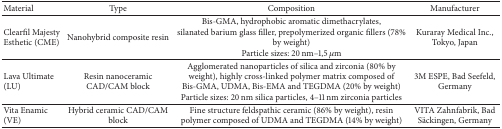
| Material | Type | Composition | Manufacturer |
 | --- | --- | --- | --- |
 | Clearfil Majesty Esthetic (CME) | Nanohybrid composite resin | Bis-GMA, hydrophobic aromatic dimethacrylates, silanated barium glass filler, prepolymerized organic fillers (78% by weight)Particle sizes: 20 nm–1,5 μm | Kuraray Medical Inc., Tokyo, Japan |
 | Lava Ultimate (LU) | Resin nanoceramic CAD/CAM block | Agglomerated nanoparticles of silica and zirconia (80% by weight), highly cross-linked polymer matrix composed of Bis-GMA, UDMA, Bis-EMA and TEGDMA (20% by weight)Particle sizes: 20 nm silica particles, 4–11 nm zirconia particles | 3M ESPE, Bad Seefeld, Germany |
 | Vita Enamic (VE) | Hybrid ceramic CAD/CAM block | Fine structure feldspathic ceramic (86% by weight), resin polymer composed of UDMA and TEGDMA (14% by weight) | VITA Zahnfabrik, Bad Säckingen, Germany |